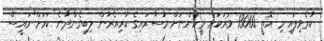
ކުރެވިފައި މި އޮތީ 13000 ވަރަކަށް މީހުންނަށް މުސާރައިގެ ކުރިއެރުން ލިބިގެންދާނެ ކަމަށް"ރައީސް